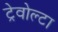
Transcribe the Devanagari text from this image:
ट्रेवोल्टा